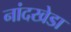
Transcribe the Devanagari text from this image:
नांदखेडा